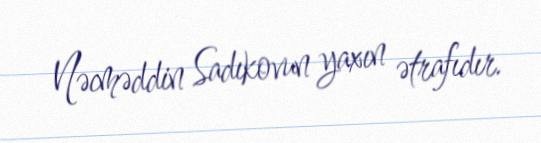
Nəcməddin Sadıkovun yaxın ətrafıdır.